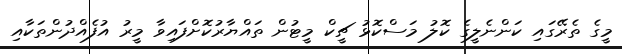
މީގެ ތެރޭގައި ކަންނެލީގެ ކޮލު މަސްކޮޅު ޗީކް މީޓުން ތައްޔާރުކޮށްފައިވާ މީރު އުފެއްދުންތަކާއި